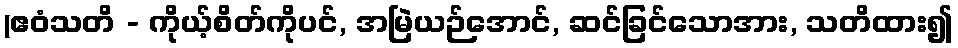
(ဧဝံသတိ - ကိုယ့်စိတ်ကိုပင်, အမြဲယဉ်အောင်, ဆင်ခြင်သောအား, သတိထား၍